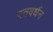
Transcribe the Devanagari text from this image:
पतवर्धन